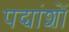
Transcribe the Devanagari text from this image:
पद्यांशों